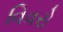
વિવરો